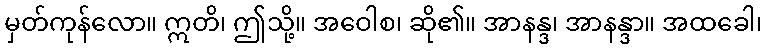
မှတ်ကုန်လော။ ဣတိ၊ ဤသို့။ အဝေါစ၊ ဆို၏။ အာနန္ဒ၊ အာနန္ဒာ။ အထခေါ၊